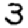
Digit: 3